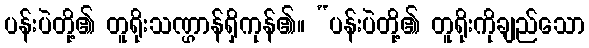
ပန်းပဲတို့၏ တူရိုးသဏ္ဌာန်ရှိကုန်၏။ “ပန်းပဲတို့၏ တူရိုးကိုချည်သော